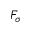
F _ { \sigma }